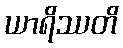
ယာရိဿတိ